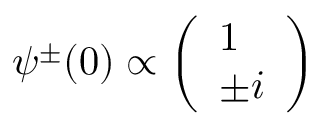
\psi ^ { \pm } ( 0 ) \propto \left( \begin{array} { l } { { 1 } } \\ { { \pm i } } \end{array} \right)